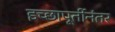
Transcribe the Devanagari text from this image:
इच्छापूर्तीनंतर